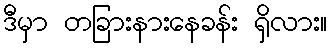
ဒီမှာ တခြားနားနေခန်း ရှိလား။